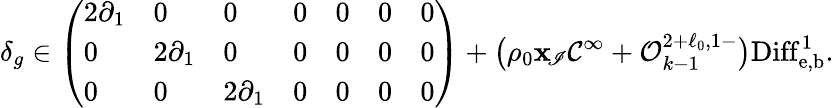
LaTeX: \delta_{g}\in\left(\begin{array}{lllllll}{2\partial_{1}}&{0}&{0}&{0}&{0}&{0}&{0}\\ {0}&{2\partial_{1}}&{0}&{0}&{0}&{0}&{0}\\ {0}&{0}&{2\partial_{1}}&{0}&{0}&{0}&{0}\end{array}\right)+\bigl(\rho_{0}\mathbf{x}_{\! \mathscr{I}}\mathcal{C}^{\infty}+\mathcal{O}_{k-1}^{2+\ell_{0},1-}\bigr)\mathrm{{Diff}}_{\mathrm{{e,b}}}^{1}.